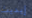
إيديث